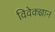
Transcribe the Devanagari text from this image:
विवेकज्ञान